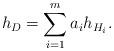
LaTeX: \begin{align*}h_{D}=\sum_{i=1}^{m}a_{i}h_{H_{i}}.\end{align*}